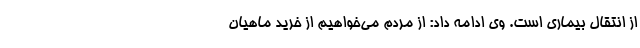
از انتقال بیماری است. وی ادامه داد: از مردم می‌خواهیم از خرید ماهیان